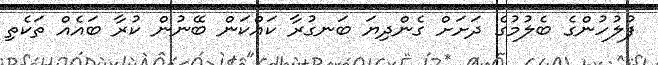
ފުލުހުންގެ ބެލުމުގެ ދަށަށް ގެންދިޔަ ބަނގުރާ ކައްކަން ބޭނުން ކުރާ ބައެއް ތަކެތި